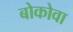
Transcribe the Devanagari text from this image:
बोकोवा